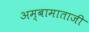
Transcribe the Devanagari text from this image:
अम्बामाताजी